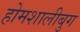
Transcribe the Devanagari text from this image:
होमशालीबुग